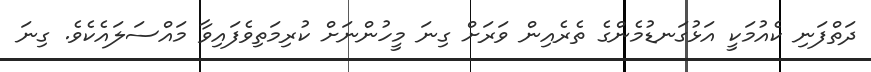
ދަތްފަނި ކެއުމަކީ އަޅުގަނޑުމެންގެ ތެރެއިން ވަރަށް ގިނަ މީހުންނަށް ކުރިމަތިވެފައިވާ މައްސަލައެކެވެ. ގިނަ